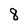
Character: 8